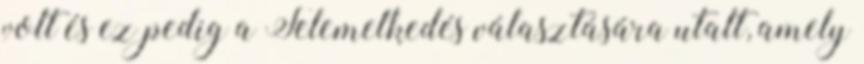
volt és ez pedig a Felemelkedés választására utalt, amely